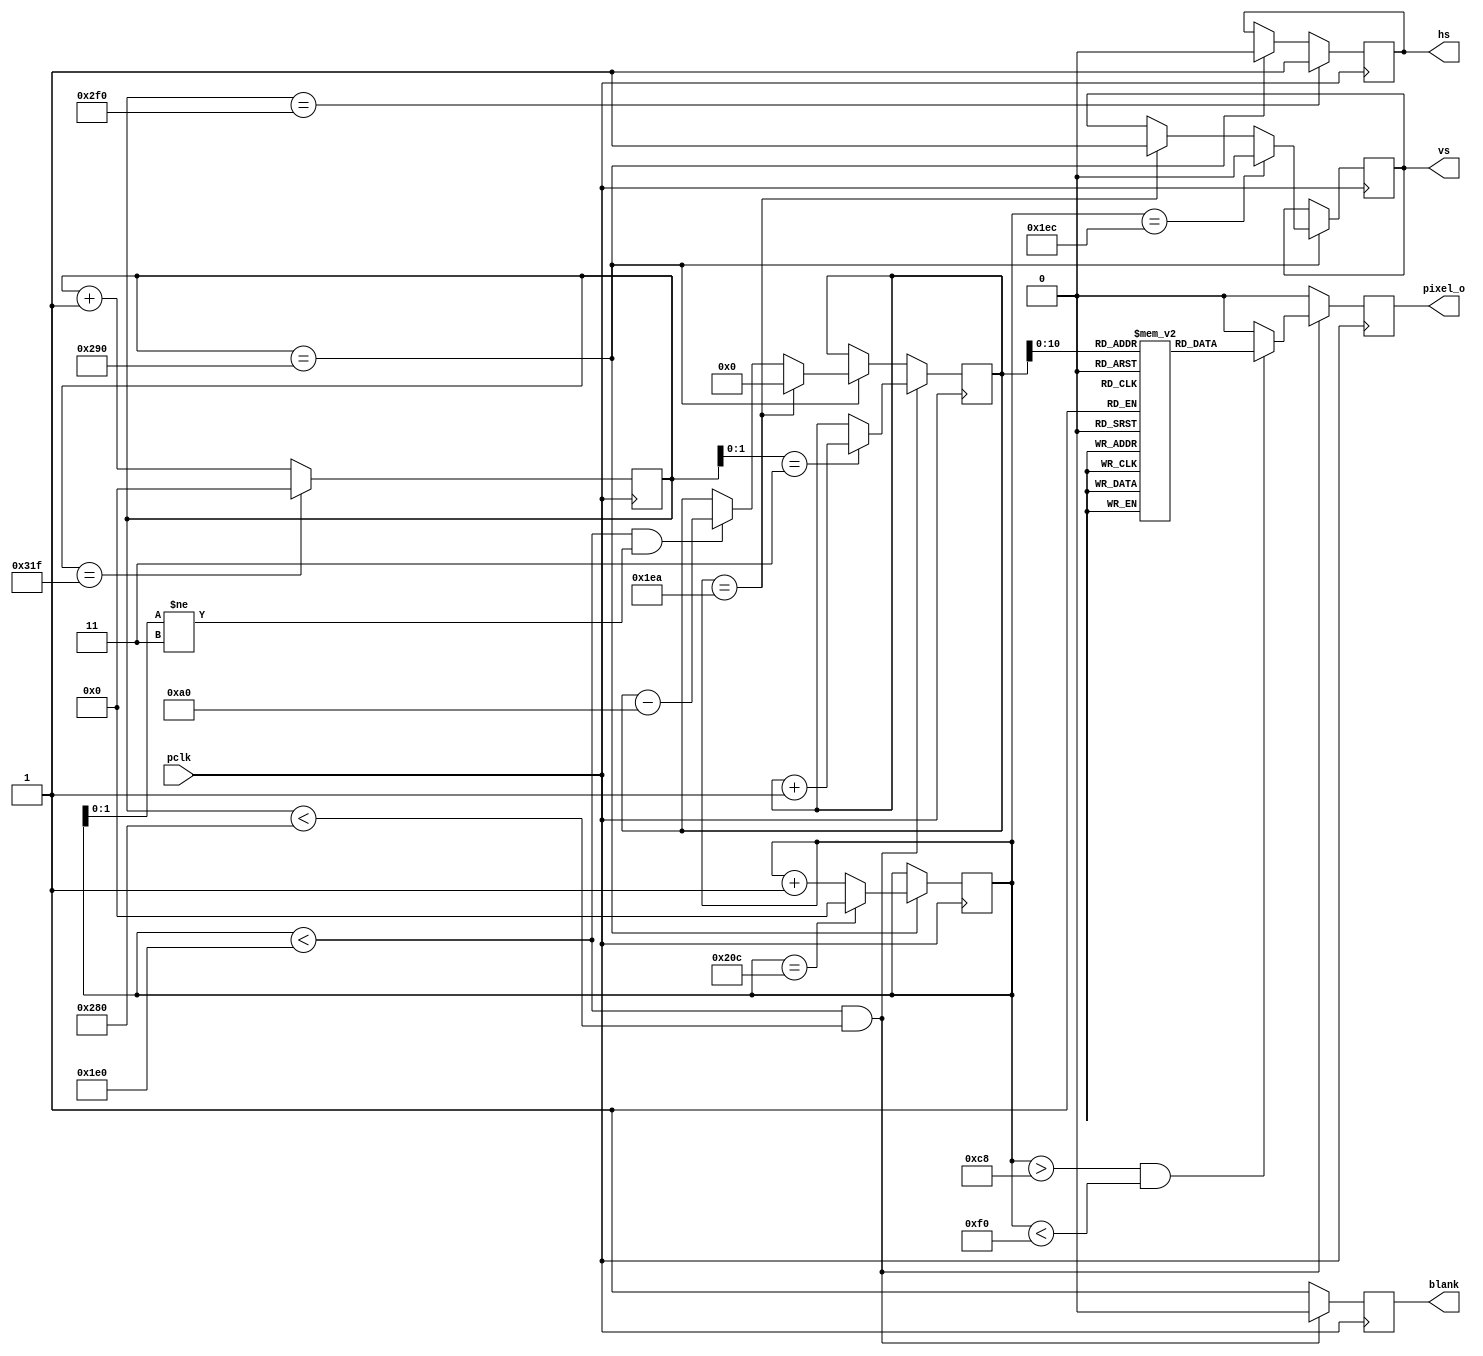
// A simple system-on-a-chip (SoC) for the MiST
// (c) 2015 Till Harbaum

// VGA controller generating 160x100 pixles. The VGA mode ised is 640x400
// combining every 4 row and column

// http://tinyvga.com/vga-timing/640x400@70Hz

module no_hdmi (
   // pixel clock
   input  pclk,

	// output to screen
   output reg	hs,
   output reg 	vs,
   output reg pixel_o,
	output reg blank
);
					
// http://tinyvga.com/vga-timing
//VGA Signal 640 x 480 @ 60 Hz Industry standard timing
parameter H   = 640;    // width of visible area
parameter HFP = 16;     // unused time before hsync
parameter HS  = 96;     // width of hsync
parameter HBP = 48;     // unused time after hsync

parameter V   = 480;    // height of visible area
parameter VFP = 10;     // unused time before vsync
parameter VS  = 2;      // width of vsync
parameter VBP = 33;     // unused time after vsync

reg[9:0]  h_cnt;        // horizontal pixel counter
reg[9:0]  v_cnt;        // vertical pixel counter

// both counters count from the begin of the visibla area

// horizontal pixel counter
always@(posedge pclk) begin
	if(h_cnt==H+HFP+HS+HBP-1)   h_cnt <= 10'd0;
	else                        h_cnt <= h_cnt + 10'd1;

        // generate negative hsync signal
	if(h_cnt == H+HFP)    hs <= 1'b0;
	if(h_cnt == H+HFP+HS) hs <= 1'b1;
end

// veritical pixel counter
always@(posedge pclk) begin
        // the vertical counter is processed at the begin of each hsync
	if(h_cnt == H+HFP) begin
		if(v_cnt==VS+VBP+V+VFP-1)  v_cnt <= 10'd0; 
		else								v_cnt <= v_cnt + 10'd1;

               // generate positive vsync signal
 		if(v_cnt == V+VFP)    vs <= 1'b1;
		if(v_cnt == V+VFP+VS) vs <= 1'b0;
	end
end

// video memory 
reg vmem [160*8-1:0];

initial begin

	 // N -----------------------------
    vmem[0]   = 1'b0;
    vmem[1]   = 1'b1;
	 vmem[2]   = 1'b0;
    vmem[3]   = 1'b0;
	 vmem[4]   = 1'b0;
    vmem[5]   = 1'b0;
	 vmem[6]   = 1'b1;
    vmem[7]   = 1'b0;
	 
    vmem[160] = 1'b0;
    vmem[161] = 1'b1;
	 vmem[162] = 1'b1;
    vmem[163] = 1'b0;
	 vmem[164] = 1'b0;
    vmem[165] = 1'b0;
	 vmem[166] = 1'b1;
    vmem[167] = 1'b0;

    vmem[320] = 1'b0;
    vmem[321] = 1'b1;
	 vmem[322] = 1'b0;
    vmem[323] = 1'b1;
	 vmem[324] = 1'b0;
    vmem[325] = 1'b0;
	 vmem[326] = 1'b1;
    vmem[327] = 1'b0;

    vmem[480] = 1'b0;
    vmem[481] = 1'b1;
	 vmem[482] = 1'b0;
    vmem[483] = 1'b0;
	 vmem[484] = 1'b1;
    vmem[485] = 1'b0;
	 vmem[486] = 1'b1;
    vmem[487] = 1'b0;
	
    vmem[640] = 1'b0;
    vmem[641] = 1'b1;
	 vmem[642] = 1'b0;
    vmem[643] = 1'b0;
	 vmem[644] = 1'b0;
    vmem[645] = 1'b1;
	 vmem[646] = 1'b1;
    vmem[647] = 1'b0;

    vmem[800] = 1'b0;
    vmem[801] = 1'b1;
	 vmem[802] = 1'b0;
    vmem[803] = 1'b0;
	 vmem[804] = 1'b0;
    vmem[805] = 1'b0;
	 vmem[806] = 1'b1;
    vmem[807] = 1'b0;
	 
	 // N end ---------------------------
	 
	 // O -----------------------------
    vmem[8]  = 1'b0;
    vmem[9]  = 1'b0;
	 vmem[10] = 1'b1;
    vmem[11] = 1'b1;
	 vmem[12] = 1'b1;
    vmem[13] = 1'b1;
	 vmem[14] = 1'b0;
    vmem[15] = 1'b0;
	 
    vmem[168] = 1'b0;
    vmem[169] = 1'b1;
	 vmem[170] = 1'b0;
    vmem[171] = 1'b0;
	 vmem[172] = 1'b0;
    vmem[173] = 1'b0;
	 vmem[174] = 1'b1;
    vmem[175] = 1'b0;

    vmem[328] = 1'b0;
    vmem[329] = 1'b1;
	 vmem[330] = 1'b0;
    vmem[331] = 1'b0;
	 vmem[332] = 1'b0;
    vmem[333] = 1'b0;
	 vmem[334] = 1'b1;
    vmem[335] = 1'b0;

    vmem[488] = 1'b0;
    vmem[489] = 1'b1;
	 vmem[490] = 1'b0;
    vmem[491] = 1'b0;
	 vmem[492] = 1'b0;
    vmem[493] = 1'b0;
	 vmem[494] = 1'b1;
    vmem[495] = 1'b0;
	
    vmem[648] = 1'b0;
    vmem[649] = 1'b1;
	 vmem[650] = 1'b0;
    vmem[651] = 1'b0;
	 vmem[652] = 1'b0;
    vmem[653] = 1'b0;
	 vmem[654] = 1'b1;
    vmem[655] = 1'b0;

    vmem[808] = 1'b0;
    vmem[809] = 1'b0;
	 vmem[810] = 1'b1;
    vmem[811] = 1'b1;
	 vmem[812] = 1'b1;
    vmem[813] = 1'b1;
	 vmem[814] = 1'b0;
    vmem[815] = 1'b0;
	 
	 // O end ---------------------------
	 
	 // space -----------------------------
    vmem[16]  = 1'b0;
    vmem[17]  = 1'b0;
	 vmem[18]  = 1'b0;
    vmem[19]  = 1'b0;
	 vmem[20]  = 1'b0;
    vmem[21]  = 1'b0;
	 vmem[22]  = 1'b0;
    vmem[23]  = 1'b0;
	 
    vmem[176] = 1'b0;
    vmem[177] = 1'b0;
	 vmem[178] = 1'b0;
    vmem[179] = 1'b0;
	 vmem[180] = 1'b0;
    vmem[181] = 1'b0;
	 vmem[182] = 1'b0;
    vmem[183] = 1'b0;

    vmem[336] = 1'b0;
    vmem[337] = 1'b0;
	 vmem[338] = 1'b0;
    vmem[339] = 1'b0;
	 vmem[340] = 1'b0;
    vmem[341] = 1'b0;
	 vmem[342] = 1'b0;
    vmem[343] = 1'b0;

    vmem[496] = 1'b0;
    vmem[497] = 1'b0;
	 vmem[498] = 1'b0;
    vmem[499] = 1'b0;
	 vmem[500] = 1'b0;
    vmem[501] = 1'b0;
	 vmem[502] = 1'b0;
    vmem[503] = 1'b0;
	
    vmem[656] = 1'b0;
    vmem[657] = 1'b0;
	 vmem[658] = 1'b0;
    vmem[659] = 1'b0;
	 vmem[660] = 1'b0;
    vmem[661] = 1'b0;
	 vmem[662] = 1'b0;
    vmem[663] = 1'b0;

    vmem[816] = 1'b0;
    vmem[817] = 1'b0;
	 vmem[818] = 1'b0;
    vmem[819] = 1'b0;
	 vmem[820] = 1'b0;
    vmem[821] = 1'b0;
	 vmem[822] = 1'b0;
    vmem[823] = 1'b0;
	 
	 // space end ---------------------------
	 
	 // H -----------------------------
    vmem[24]  = 1'b0;
    vmem[25]  = 1'b1;
	 vmem[26]  = 1'b0;
    vmem[27]  = 1'b0;
	 vmem[28]  = 1'b0;
    vmem[29]  = 1'b0;
	 vmem[30]  = 1'b1;
    vmem[31]  = 1'b0;
	 
    vmem[184] = 1'b0;
    vmem[185] = 1'b1;
	 vmem[186] = 1'b0;
    vmem[187] = 1'b0;
	 vmem[188] = 1'b0;
    vmem[189] = 1'b0;
	 vmem[190] = 1'b1;
    vmem[191] = 1'b0;

    vmem[344] = 1'b0;
    vmem[345] = 1'b1;
	 vmem[346] = 1'b1;
    vmem[347] = 1'b1;
	 vmem[348] = 1'b1;
    vmem[349] = 1'b1;
	 vmem[350] = 1'b1;
    vmem[351] = 1'b0;

    vmem[504] = 1'b0;
    vmem[505] = 1'b1;
	 vmem[506] = 1'b0;
    vmem[507] = 1'b0;
	 vmem[508] = 1'b0;
    vmem[509] = 1'b0;
	 vmem[510] = 1'b1;
    vmem[511] = 1'b0;
	
    vmem[664] = 1'b0;
    vmem[665] = 1'b1;
	 vmem[666] = 1'b0;
    vmem[667] = 1'b0;
	 vmem[668] = 1'b0;
    vmem[669] = 1'b0;
	 vmem[670] = 1'b1;
    vmem[671] = 1'b0;

    vmem[824] = 1'b0;
    vmem[825] = 1'b1;
	 vmem[826] = 1'b0;
    vmem[827] = 1'b0;
	 vmem[828] = 1'b0;
    vmem[829] = 1'b0;
	 vmem[830] = 1'b1;
    vmem[831] = 1'b0;
	 
	 // H end ---------------------------
	 
	 // D -----------------------------
    vmem[32]  = 1'b0;
    vmem[33]  = 1'b1;
	 vmem[34]  = 1'b1;
    vmem[35]  = 1'b1;
	 vmem[36]  = 1'b1;
    vmem[37]  = 1'b1;
	 vmem[38]  = 1'b0;
    vmem[39]  = 1'b0;
	 
    vmem[192] = 1'b0;
    vmem[193] = 1'b1;
	 vmem[194] = 1'b0;
    vmem[195] = 1'b0;
	 vmem[196] = 1'b0;
    vmem[197] = 1'b0;
	 vmem[198] = 1'b1;
    vmem[199] = 1'b0;

    vmem[352] = 1'b0;
    vmem[353] = 1'b1;
	 vmem[354] = 1'b0;
    vmem[355] = 1'b0;
	 vmem[356] = 1'b0;
    vmem[357] = 1'b0;
	 vmem[358] = 1'b1;
    vmem[359] = 1'b0;

    vmem[512] = 1'b0;
    vmem[513] = 1'b1;
	 vmem[514] = 1'b0;
    vmem[515] = 1'b0;
	 vmem[516] = 1'b0;
    vmem[517] = 1'b0;
	 vmem[518] = 1'b1;
    vmem[519] = 1'b0;
	
    vmem[672] = 1'b0;
    vmem[673] = 1'b1;
	 vmem[674] = 1'b0;
    vmem[675] = 1'b0;
	 vmem[676] = 1'b0;
    vmem[677] = 1'b0;
	 vmem[678] = 1'b1;
    vmem[679] = 1'b0;

    vmem[832] = 1'b0;
    vmem[833] = 1'b1;
	 vmem[834] = 1'b1;
    vmem[835] = 1'b1;
	 vmem[836] = 1'b1;
    vmem[837] = 1'b1;
	 vmem[838] = 1'b0;
    vmem[839] = 1'b0;
	 
	 // D end ---------------------------
	 
	 // M -----------------------------
    vmem[40]  = 1'b0;
    vmem[41]  = 1'b1;
	 vmem[42]  = 1'b0;
    vmem[43]  = 1'b0;
	 vmem[44]  = 1'b0;
    vmem[45]  = 1'b0;
	 vmem[46]  = 1'b1;
    vmem[47]  = 1'b0;
	 
    vmem[200] = 1'b0;
    vmem[201] = 1'b1;
	 vmem[202] = 1'b1;
    vmem[203] = 1'b0;
	 vmem[204] = 1'b0;
    vmem[205] = 1'b1;
	 vmem[206] = 1'b1;
    vmem[207] = 1'b0;

    vmem[360] = 1'b0;
    vmem[361] = 1'b1;
	 vmem[362] = 1'b0;
    vmem[363] = 1'b1;
	 vmem[364] = 1'b1;
    vmem[365] = 1'b0;
	 vmem[366] = 1'b1;
    vmem[367] = 1'b0;

    vmem[520] = 1'b0;
    vmem[521] = 1'b1;
	 vmem[522] = 1'b0;
    vmem[523] = 1'b0;
	 vmem[524] = 1'b0;
    vmem[525] = 1'b0;
	 vmem[526] = 1'b1;
    vmem[527] = 1'b0;
	
    vmem[680] = 1'b0;
    vmem[681] = 1'b1;
	 vmem[682] = 1'b0;
    vmem[683] = 1'b0;
	 vmem[684] = 1'b0;
    vmem[685] = 1'b0;
	 vmem[686] = 1'b1;
    vmem[687] = 1'b0;

    vmem[840] = 1'b0;
    vmem[841] = 1'b1;
	 vmem[842] = 1'b0;
    vmem[843] = 1'b0;
	 vmem[844] = 1'b0;
    vmem[845] = 1'b0;
	 vmem[846] = 1'b1;
    vmem[847] = 1'b0;
	 
	 // M end ---------------------------
	 
	 // i -----------------------------
    vmem[48]  = 1'b0;
    vmem[49]  = 1'b1;
	 vmem[50]  = 1'b1;
    vmem[51]  = 1'b1;
	 vmem[52]  = 1'b1;
    vmem[53]  = 1'b1;
	 vmem[54]  = 1'b1;
    vmem[55]  = 1'b0;
	 
    vmem[208] = 1'b0;
    vmem[209] = 1'b0;
	 vmem[210] = 1'b0;
    vmem[211] = 1'b1;
	 vmem[212] = 1'b0;
    vmem[213] = 1'b0;
	 vmem[214] = 1'b0;
    vmem[215] = 1'b0;

    vmem[368] = 1'b0;
    vmem[369] = 1'b0;
	 vmem[370] = 1'b0;
    vmem[371] = 1'b1;
	 vmem[372] = 1'b0;
    vmem[373] = 1'b0;
	 vmem[374] = 1'b0;
    vmem[375] = 1'b0;

    vmem[528] = 1'b0;
    vmem[529] = 1'b0;
	 vmem[530] = 1'b0;
    vmem[531] = 1'b1;
	 vmem[532] = 1'b0;
    vmem[533] = 1'b0;
	 vmem[534] = 1'b0;
    vmem[535] = 1'b0;
	
    vmem[688] = 1'b0;
    vmem[689] = 1'b0;
	 vmem[690] = 1'b0;
    vmem[691] = 1'b1;
	 vmem[692] = 1'b0;
    vmem[693] = 1'b0;
	 vmem[694] = 1'b0;
    vmem[695] = 1'b0;

    vmem[848] = 1'b0;
    vmem[849] = 1'b1;
	 vmem[850] = 1'b1;
    vmem[851] = 1'b1;
	 vmem[852] = 1'b1;
    vmem[853] = 1'b1;
	 vmem[854] = 1'b1;
    vmem[855] = 1'b0;
	 
	 // I end ---------------------------
end


reg [13:0] video_counter;
//reg [7:0] pixel;


// read VRAM for video generation
always@(posedge pclk) begin
       // The video counter is being reset at the begin of each vsync.
        // Otherwise it's increased every fourth pixel in the visible area.
        // At the end of the first three of four lines the counter is
        // decreased by the total line length to display the same contents
        // for four lines so 100 different lines are displayed on the 400
        // VGA lines.

        // visible area?
	if((v_cnt < V) && (h_cnt < H)) begin
	
		blank <= 1'b0;	
	
		
	// increase video counter after each pixel
			if(h_cnt[1:0] == 2'd3) video_counter <= video_counter + 14'd1;
				


		if((v_cnt > 200) && (v_cnt < 240)) 
			
			pixel_o <= vmem[video_counter];               // read VRAM
		else
			pixel_o <= 1'b0;   // color outside visible area: black

		

	end else begin
	        // video counter is manipulated at the end of a line outside
	        // the visible area
		if(h_cnt == H+HFP) begin
			// the video counter is reset at the begin of the vsync
		        // at the end of three of four lines it's decremented
		        // one line to repeat the same pixels over four display
		        //  lines
			if(v_cnt == V+VFP)
				video_counter <= 14'd0;
			else if((v_cnt < V) && (v_cnt[1:0] != 2'd3))
				video_counter <= video_counter - 14'd160;
		end
			
		pixel_o <= 1'b0;   // color outside visible area: black
		blank <= 1'b1;
	end
end


endmodule